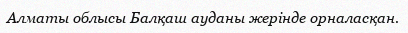
Алматы облысы Балқаш ауданы жерінде орналасқан.